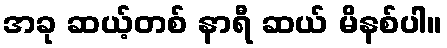
အခု ဆယ့်တစ် နာရီ ဆယ် မိနစ်ပါ။